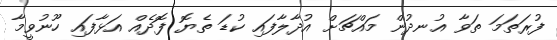
ފުރަތަމަ ތަވާ އުނދުން މައްޗަށް އުދާލާފައި ކުޑަ ތެޔޮ ފޮދެއް އަޅާފައި ހޫނުވީމާ